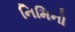
નિમિનો